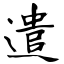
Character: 遣